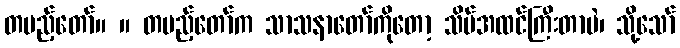
တပည့်တော်။ ။ တပည့်တော်က သာသနာတော်ကိုတော့ သိပ်အထင်ကြီးတာပဲ၊ သို့သော်